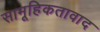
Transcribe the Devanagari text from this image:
सामूहिकतावाद